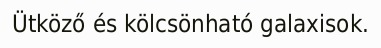
Ütköző és kölcsönható galaxisok.